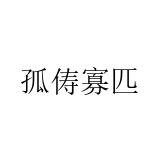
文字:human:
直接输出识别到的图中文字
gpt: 孤俦寡匹